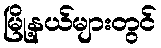
မြို့နယ်များတွင်